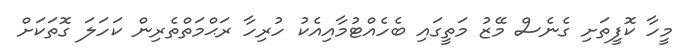
މީހާ ކޮފީތަށި ގެނެސް މޭޒު މަތީގައި ބެހެއްޓުމާއިއެކު ހުރިހާ ރަޙްމަތްތެރިން ކަހަލަ ގޮތަކަށް